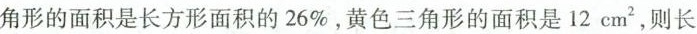
角形的面积是长方形面积的26%，黄色三角形的面积是12cm^{2}，则长